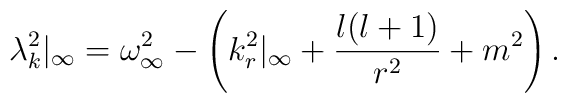
\lambda^2_k|_\infty=\omega^2_\infty-\left(k_r^2|_\infty+{l(l+1)\over r^2}+m^2\right).